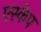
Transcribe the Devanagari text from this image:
एस्‍केप